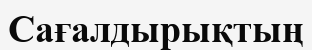
Сағалдырықтың